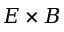
E \times B